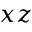
x z